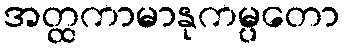
အတ္ထကာမာနုကမ္ပတော